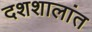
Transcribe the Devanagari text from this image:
दशशालांत